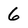
Character: 6